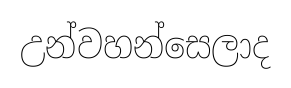
උන්වහන්සෙලාද